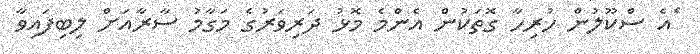
ެއެ ސްކޫލުން ހުރިހާ ގޮތަކުން އެންމެ މޮޅު ދަރިވަރުގެ މަގާމު ސާރާއަށް ލިބިފައިވާ